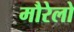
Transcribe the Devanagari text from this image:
मौरेलो